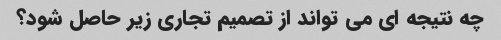
چه نتیجه ای می تواند از تصمیم تجاری زیر حاصل شود؟